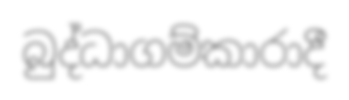
බුද්ධාගම්කාරාදී